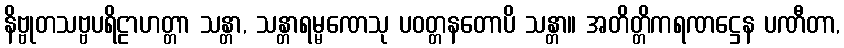
နိဗ္ဗုတသဗ္ဗပရိဠာဟတ္တာ သန္တာ, သန္တာရမ္မဏေသု ပဝတ္တနတောပိ သန္တာ။ အတိတ္တိကရဏဋ္ဌေန ပဏီတာ,